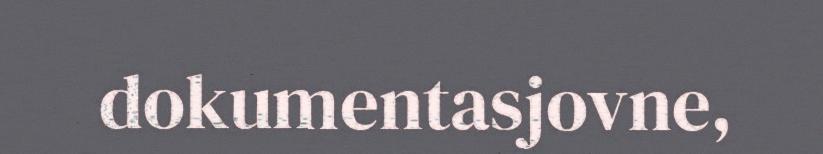
dokumentasjovne,